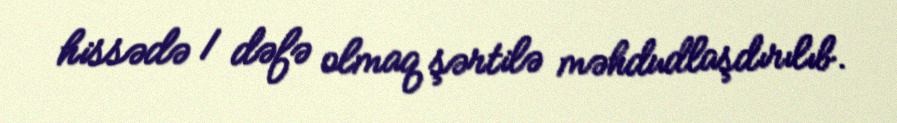
hissədə 1 dəfə olmaq şərtilə məhdudlaşdırılıb.